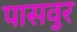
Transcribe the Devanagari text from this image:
पासवुर